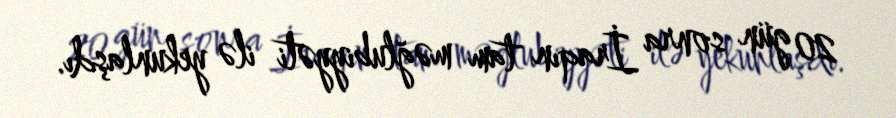
20 gün sonra İraqın tam məğlubiyyəti ilə yekunlaşdı.